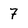
Character: 7